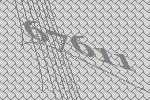
67611